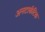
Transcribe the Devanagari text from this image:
अनटार्कटिक